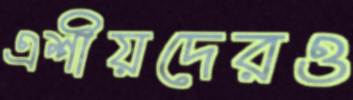
এশীয়দেরও